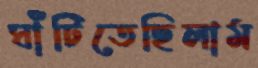
ঘাঁটিতেছিলাম